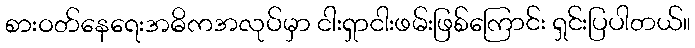
စားဝတ်နေရေးအဓိကအလုပ်မှာ ငါးရှာငါးဖမ်းဖြစ်ကြောင်း ရှင်းပြပါတယ်။